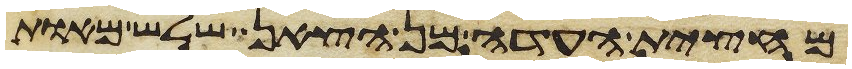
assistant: מחצית העדה מן הצאן שלש מאות